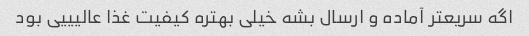
اگه سریعتر آماده و ارسال بشه خیلی بهتره کیفیت غذا عالیییی بود